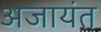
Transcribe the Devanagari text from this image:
अजायंत